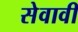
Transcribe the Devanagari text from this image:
सेवावीं